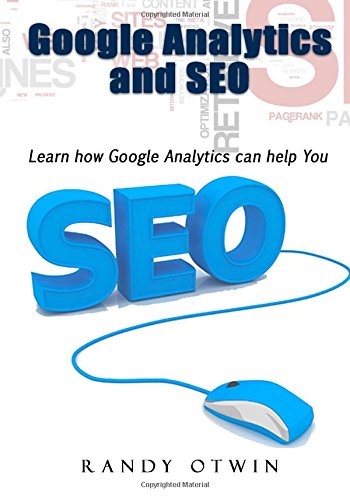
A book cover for Google Analytics and SEO: Learn how Google Analytics can help You; Randy Otwin; Computers & Technology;